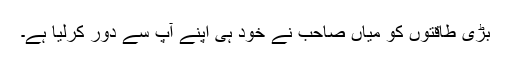
بڑی طاقتوں کو میاں صاحب نے خود ہی اپنے آپ سے دور کرلیا ہے۔